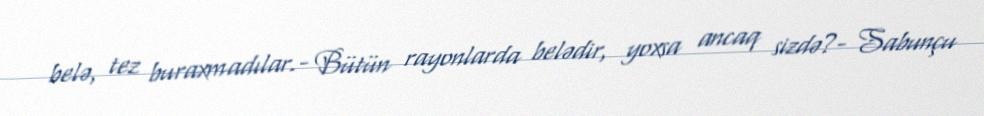
belə, tez buraxmadılar.- Bütün rayonlarda belədir, yoxsa ancaq sizdə?- Sabunçu